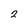
Character: 2